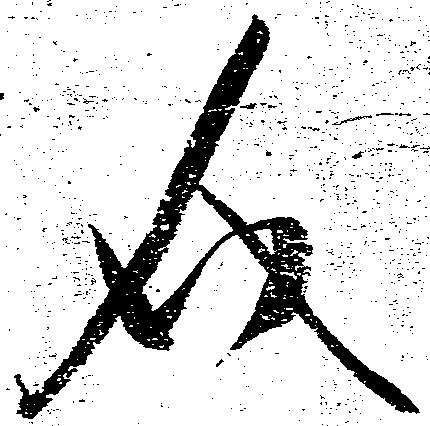
介